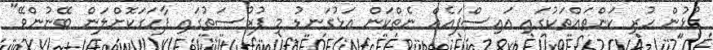
ގުޅުން ހުރި ކަންތައްތަކުގައި އައިސްފައެއް ނެތްކަން އަޅުގަނޑު މި ފުރުސަތުގައި ފާހަގަކޮށްލަން ބޭނުންވޭ"